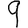
Digit: 9